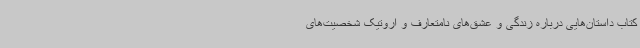
کتاب داستان‌هایی درباره زندگی و عشق‌های نامتعارف و اروتیک شخصیت‌های